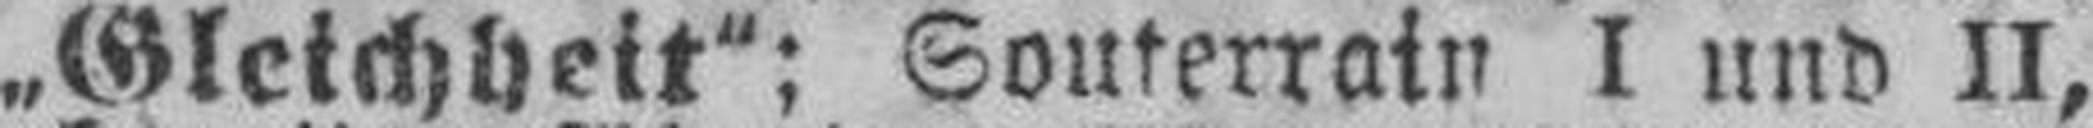
„Gleichheit“; Souterrain I und II,